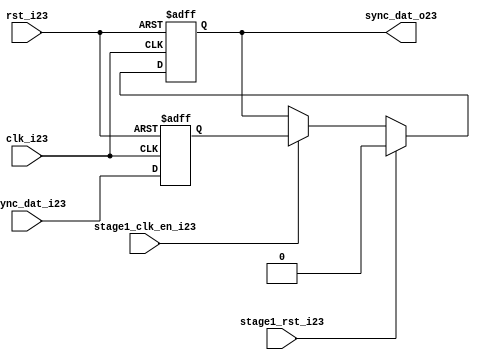
module uart_sync_flops23
(
  // internal signals23
  rst_i23,
  clk_i23,
  stage1_rst_i23,
  stage1_clk_en_i23,
  async_dat_i23,
  sync_dat_o23
);

parameter Tp23            = 1;
parameter width         = 1;
parameter init_value23    = 1'b0;

input                           rst_i23;                  // reset input
input                           clk_i23;                  // clock23 input
input                           stage1_rst_i23;           // synchronous23 reset for stage23 1 FF23
input                           stage1_clk_en_i23;        // synchronous23 clock23 enable for stage23 1 FF23
input   [width-1:0]             async_dat_i23;            // asynchronous23 data input
output  [width-1:0]             sync_dat_o23;             // synchronous23 data output


//
// Interal23 signal23 declarations23
//

reg     [width-1:0]             sync_dat_o23;
reg     [width-1:0]             flop_023;


// first stage23
always @ (posedge clk_i23 or posedge rst_i23)
begin
    if (rst_i23)
        flop_023 <= #Tp23 {width{init_value23}};
    else
        flop_023 <= #Tp23 async_dat_i23;    
end

// second stage23
always @ (posedge clk_i23 or posedge rst_i23)
begin
    if (rst_i23)
        sync_dat_o23 <= #Tp23 {width{init_value23}};
    else if (stage1_rst_i23)
        sync_dat_o23 <= #Tp23 {width{init_value23}};
    else if (stage1_clk_en_i23)
        sync_dat_o23 <= #Tp23 flop_023;       
end

endmodule